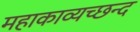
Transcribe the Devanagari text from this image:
महाकाव्यच्छन्द